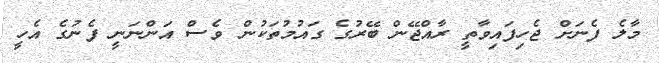
މާލެ ފެނަށް ޖެހިފައިވާތީ ރާއްޖޭން ބޭރުގެ ގައުމުތަކުން ވެސް އަންނަނީ ފެނުގެ އެހީ